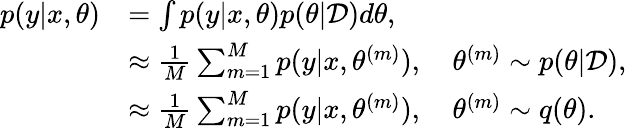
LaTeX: \begin{array}{rl}{p(y|x,\theta)}&{=\int p(y|x,\theta)p(\theta|\mathcal{D})d\theta,}\\ &{\approx\frac{1}{M}\sum_{m=1}^{M}p(y|x,\theta^{(m)}),\quad\theta^{(m)}\sim p(\theta|\mathcal{D}),}\\ &{\approx\frac{1}{M}\sum_{m=1}^{M}p(y|x,\theta^{(m)}),\quad\theta^{(m)}\sim q(\theta).}\end{array}